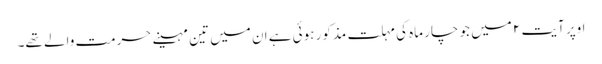
اوپر آیت ۲ میں جو چار ماہ کی مہلت مذکور ہوئی ہے ان میں تین مہینے حرمت والے تھے۔